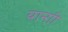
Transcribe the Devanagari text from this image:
यान्ग़ी